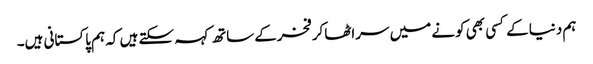
ہم دنیاکے کسی بھی کونے میں سراٹھاکرفخرکے ساتھ کہہ سکتے ہیں کہ ہم پاکستانی ہیں۔